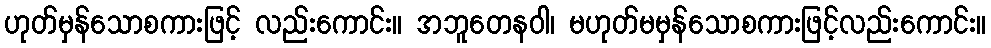
ဟုတ်မှန်သောစကားဖြင့် လည်းကောင်း။ အဘူတေနဝါ၊ မဟုတ်မမှန်သောစကားဖြင့်လည်းကောင်း။